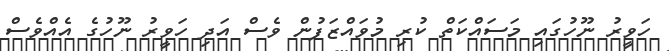
ހަވީރު ނޫހުގައި މަސައްކަތް ކުރި މުވައްޒަފުން ވެސް އަދި ހަވީރު ނޫހުގެ އެއްވެސް